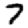
Digit: 7